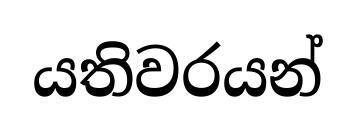
යතිවරයන්